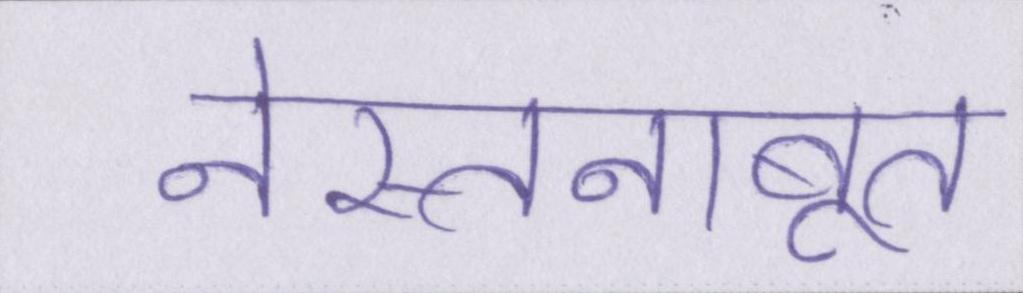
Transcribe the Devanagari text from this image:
नेस्तनाबूत